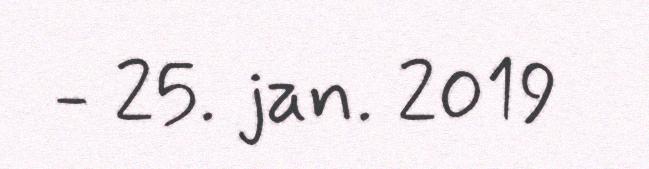
- 25. jan. 2019